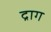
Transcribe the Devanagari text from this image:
द्राग